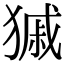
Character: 𤠽